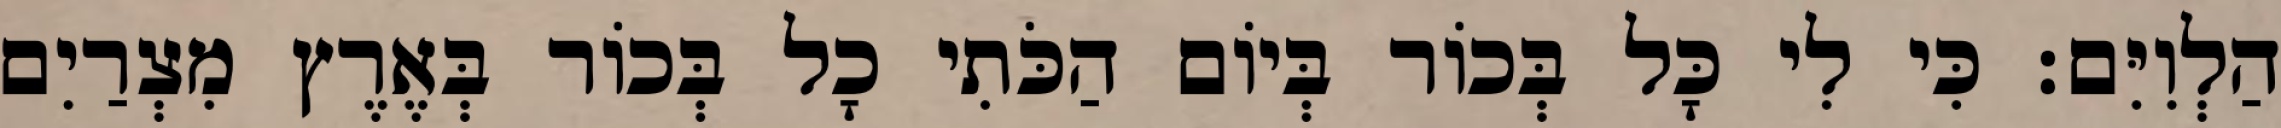
הַלְוִיִּם׃ כִּי לִי כָּל בְּכוֹר בְּיוֹם הַכֹּתִי כָל בְּכוֹר בְּאֶרֶץ מִצְרַיִם